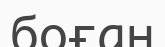
боған